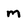
Character: m